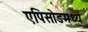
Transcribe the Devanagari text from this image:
एपिसोडमध्ये